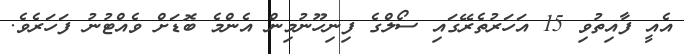
އެއީ ފާއިތުވި 15 އަހަރުތެރޭގައި ސޯލްގެ ފިނިހޫނުމިން އެންމެ ބޮޑަށް ވެއްޓުނު ފަހަރެވެ.